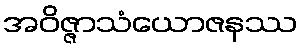
အဝိဇ္ဇာသံယောဇနဿ